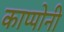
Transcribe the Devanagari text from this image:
काप्पोनी